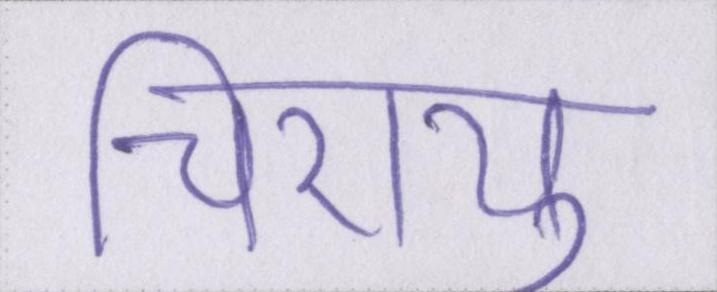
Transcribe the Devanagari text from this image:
चिरायु